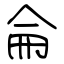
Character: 侖